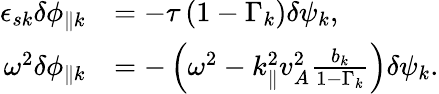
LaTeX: \begin{array}{rl}{\epsilon_{s{k}}\delta\phi_{\parallel{k}}}&{=-\tau\left(1-\Gamma_{k}\right)\delta\psi_{k},}\\ {\omega^{2}\delta\phi_{\parallel{k}}}&{=-\left(\omega^{2}-k_{\parallel}^{2}v_{A}^{2}\frac{b_{k}}{1-\Gamma_{k}}\right)\delta\psi_{k}.}\end{array}